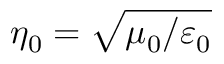
{ \eta _ { 0 } } = \sqrt { \mu _ { 0 } / \varepsilon _ { 0 } }